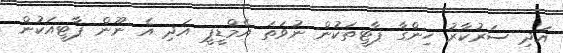
އަދި ސަރުކާރު ހިންގާ ޕާޓީތަކުން ނުވަތަ އެމްޑީޕީ އަދި އެ ނޫން ޕާޓީއަކުން